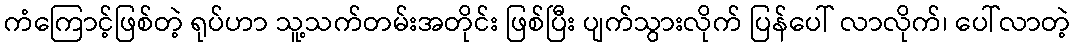
ကံကြောင့်ဖြစ်တဲ့ ရုပ်ဟာ သူ့သက်တမ်းအတိုင်း ဖြစ်ပြီး ပျက်သွားလိုက် ပြန်ပေါ် လာလိုက်၊ ပေါ်လာတဲ့